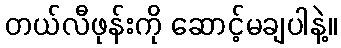
တယ်လီဖုန်းကို ဆောင့်မချပါနဲ့။